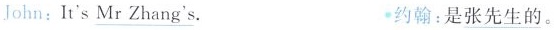
John:It's \underline{Mr_ Zhang's}. 约翰:是 \underline{张先生的}。